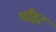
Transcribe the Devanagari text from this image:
पाँइट